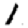
Digit: 1